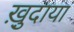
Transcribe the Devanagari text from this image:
ख़ु़दाया